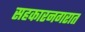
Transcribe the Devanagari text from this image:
सहकारनगरात